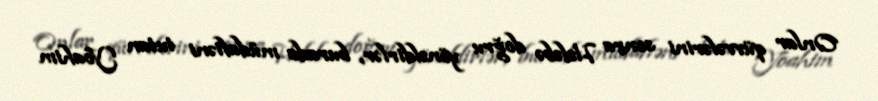
Onlar qüvvələrini sonra Hələbə doğru yönəldirlər, burada müdafiəni tutan Yoahim